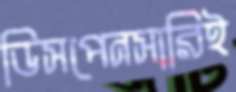
ডিসপেনসারিই